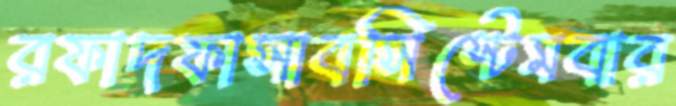
রফাদফাসাবসিস্টেমবার